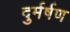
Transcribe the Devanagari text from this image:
दुर्मर्षण